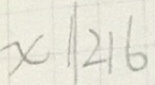
x 1 \vert 2 1 6